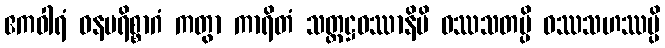
ဧကဝါရံ ဓနပရိစ္စာဂံ ကတွာ ကာရိတံ သတ္တဋ္ဌဝဿာနိပိ ဝဿသတမ္ပိ ဝဿသဟဿမ္ပိ